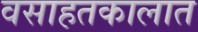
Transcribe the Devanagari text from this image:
वसाहतकालात